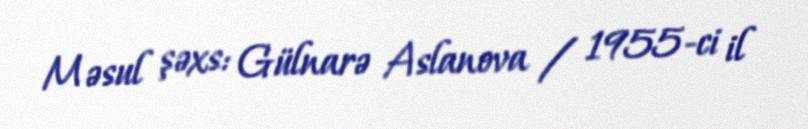
Məsul şəxs: Gülnarə Aslanova / 1955-ci il